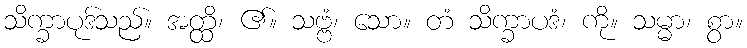
သိက္ခာပုဒ်သည်။ အတ္ထိ၊ ၏။ သဗ္ဗံ၊ သော။ တံ သိက္ခာပဒံ၊ ကို။ သမ္မာ၊ စွာ။